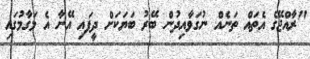
"ރާއްޖޭގެ އެތައް ތަނެއް ނުގަވާއިދުން ބޭރު ބަޔަކަށް ދީފައި އޭނާ އެ މަގާމުގައި